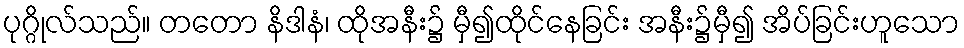
ပုဂ္ဂိုလ်သည်။ တတော နိဒါနံ၊ ထိုအနီး၌ မှီ၍ထိုင်နေခြင်း အနီး၌မှီ၍ အိပ်ခြင်းဟူသော